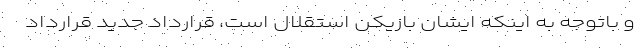
و باتوجه به اینکه ایشان بازیکن استقلال است، قرارداد جدید قرارداد